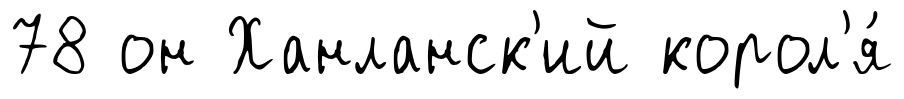
78 он Ханланск'ий корол'я́